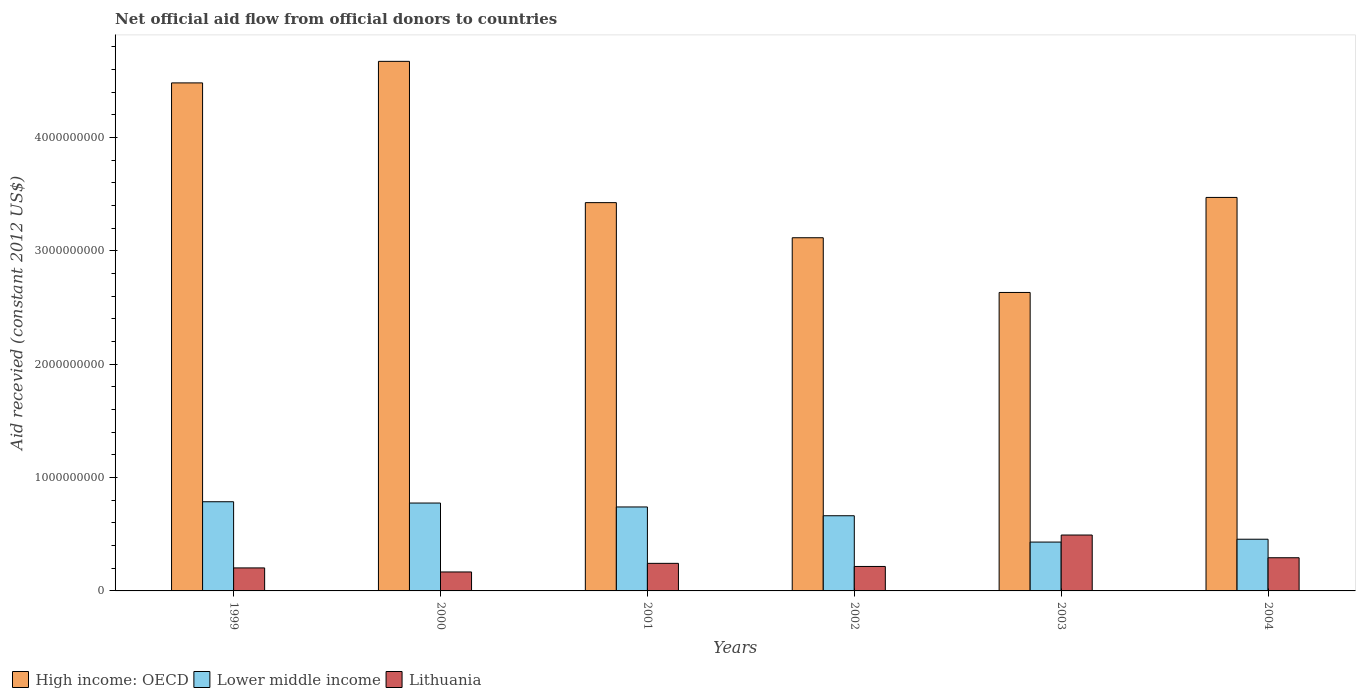
| Years | High income: OECD | Lower middle income | Lithuania |
 | --- | --- | --- | --- |
 | 1999 | 4.48e+09 | 7.87e+08 | 2.03e+08 |
 | 2000 | 4.67e+09 | 7.75e+08 | 1.67e+08 |
 | 2001 | 3.43e+09 | 7.41e+08 | 2.43e+08 |
 | 2002 | 3.12e+09 | 6.63e+08 | 2.16e+08 |
 | 2003 | 2.63e+09 | 4.31e+08 | 4.93e+08 |
 | 2004 | 3.47e+09 | 4.56e+08 | 2.93e+08 |